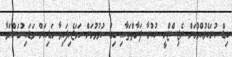
ބިޑް ހުށަހެޅުއްވުމަށް ރެޖިސްޓްރީ ނުކުރާ ފަރާތްތަކާއި ބިޑު ހުޅުވުމަށް ހަމަޖެހިފައިވާ ގަޑިއަށް ވަޑައިނުގަންނަވާ